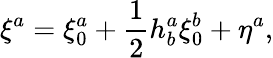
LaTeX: \xi^{a}=\xi_{0}^{a}+\frac{1}{2}h_{b}^{a}\xi_{0}^{b}+\eta^{a},